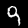
Digit: 9